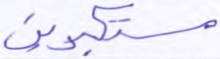
مستكبرين